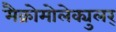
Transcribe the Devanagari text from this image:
मैक्रोमोलेक्युलर्